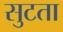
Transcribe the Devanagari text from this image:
सुटता